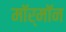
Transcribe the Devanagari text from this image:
मॉर्मॉन